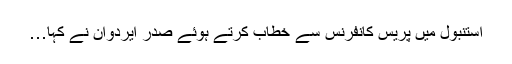
استنبول میں پریس کانفرنس سے خطاب کرتے ہوئے صدر ایردوان نے کہا…